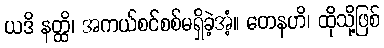
ယဒိ နတ္ထိ၊ အကယ်စင်စစ်မရှိခဲ့အံ့။ တေနဟိ၊ ထိုသို့ဖြစ်